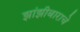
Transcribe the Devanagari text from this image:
झांझीबाराचे